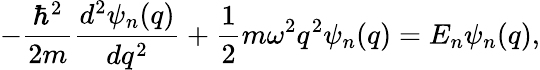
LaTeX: -\frac{\hbar^{2}}{2m}\frac{d^{2}\psi_{n}(q)}{dq^{2}}+\frac{1}{2}m\omega^{2}q^{2}\psi_{n}(q)=E_{n}\psi_{n}(q),